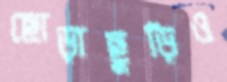
ছোড়াছুড়িও